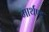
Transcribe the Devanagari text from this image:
मार्थण्ड